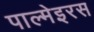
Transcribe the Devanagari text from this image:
पाल्मेइरस